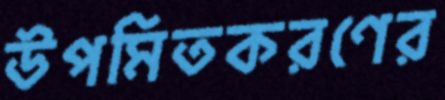
উপমিতকরণের